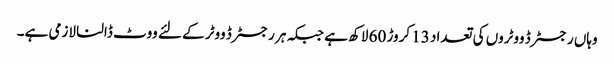
وہاں رجسٹرڈ ووٹروں کی تعداد 13 کروڑ 60 لاکھ ہے جبکہ ہر رجسٹرڈ ووٹر کے لئے ووٹ ڈالنا لازمی ہے۔